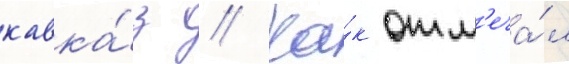
кавка́з // Ка́к отм'еча́л